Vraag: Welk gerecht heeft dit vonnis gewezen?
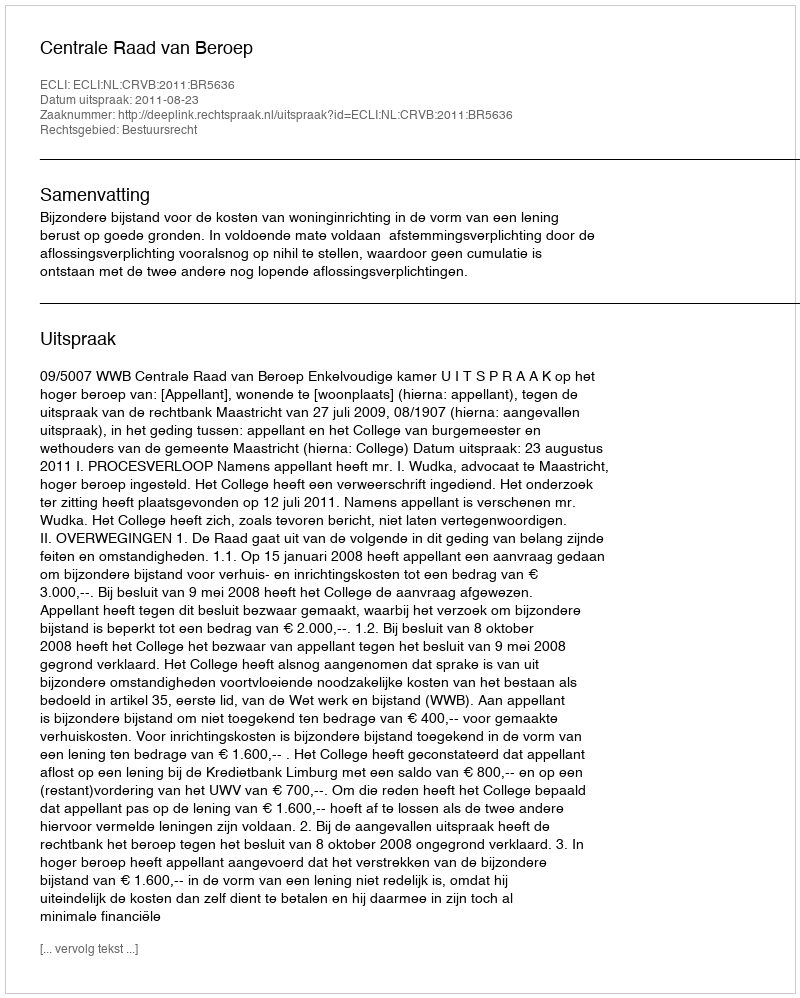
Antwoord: Centrale Raad van Beroep